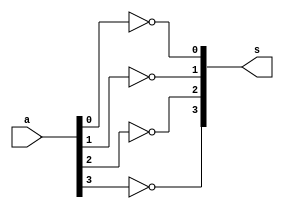
// ------------------------- 
// Exemplo0035 - F4 
// Nome: Jonatas Sena Ferreira
// ------------------------- 
// ------------------------- 
// neg4b 
// ------------------------- 
module neg4b (output [3:0] s, input [3:0] a); 


not NOT1 (s[0], a[0]);
not NOT2 (s[1], a[1]);
not NOT3 (s[2], a[2]);
not NOT4 (s[3], a[3]);

endmodule // neg4b

// ------------------------- 
// f4_gate 
// ------------------------- 
module f4 (output [3:0] nota,output [3:0] notb, output [3:0] ou, output [3:0] notou,
output [3:0] e, output [3:0] note, output [3:0] oux, output [3:0] notoux,input [3:0] a, 
input [3:0] b); 

neg4b NEG4a (nota, a);
neg4b NEG4b (notb, b);

and AND1 (e[0], a[0], b[0]);
and AND2 (e[1], a[1], b[1]);
and AND3 (e[2], a[2], b[2]);
and AND4 (e[3], a[3], b[3]);

neg4b NEG4e (note, e);

or OR1 (ou[0], a[0], b[0]);
or OR2 (ou[1], a[1], b[1]);
or OR3 (ou[2], a[2], b[2]);
or OR4 (ou[3], a[3], b[3]);

neg4b NEG4ou (notou, ou);

xor XOR1 (oux[0], a[0], b[0]);
xor XOR2 (oux[1], a[1], b[1]);
xor XOR3 (oux[2], a[2], b[2]);
xor XOR4 (oux[3], a[3], b[3]);

neg4b NEG4oux (notoux, oux);

endmodule // f4 
// ------------------------- 

module test_f4; 
// ------------------------- definir dados 
reg [3:0] x; 
reg [3:0] y; 
wire [3:0] a, b, c, d, e, f, g, h; 
f4 modulo (a, b, c, d, e, f, g, h, x, y); 
// ------------------------- parte principal 
initial begin 
$display("Exemplo0035 - Jonatas Sena Ferreira - 427424"); 
$display("Test LU's module"); 
x = 4'b0011; y = 4'b0101;
// projetar testes do modulo 
#1 $monitor("A %3b - B %3b = NOT A %3b - NOT B %3b - OR %3b - NOR %3b - \n AND %3b - NAND %3b - XOR %3b - XNOR %3b \n \n", x, y, a, b, c, d, e, f, g, h); 
#1 x = 4'b1010; y = 4'b1101;
#1 x = 4'b1111; y = 4'b1111;
#1 x = 4'b1000; y = 4'b0001;
#1 x = 4'b1010; y = 4'b0101;
end 
endmodule // test_f4